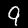
Digit: 9